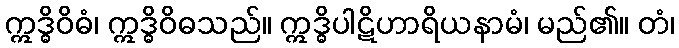
ဣဒ္ဓိဝိဓံ၊ ဣဒ္ဓိဝိဓသည်။ ဣဒ္ဓိပါဋိဟာရိယနာမံ၊ မည်၏။ တံ၊